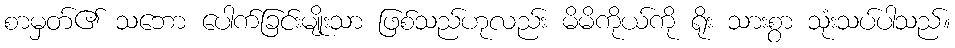
စာမှတ်၏ သဘော ပေါက်ခြင်းမျိုးသာ ဖြစ်သည်ဟုလည်း မိမိကိုယ်ကို ရိုး သားစွာ သုံးသပ်ပါသည်။